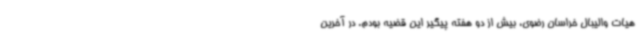
هیات والیبال خراسان رضوی، بیش از دو هفته پیگیر این قضیه بودم. در آخرین